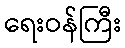
ရေးဝန်ကြီး